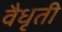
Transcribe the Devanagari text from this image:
वैधृती